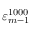
\varepsilon _ { m - 1 } ^ { 1 0 0 0 }